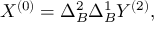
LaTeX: X ^ { ( 0 ) } = \Delta _ { B } ^ { 2 } \Delta _ { B } ^ { 1 } Y ^ { ( 2 ) } ,